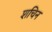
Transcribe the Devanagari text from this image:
शचिन